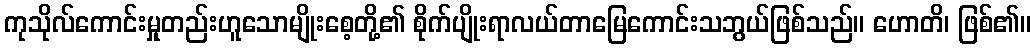
ကုသိုလ်ကောင်းမှုတည်းဟူသောမျိုးစေ့တို့၏ စိုက်ပျိုးရာလယ်တာမြေကောင်းသဘွယ်ဖြစ်သည်။ ဟောတိ၊ ဖြစ်၏။